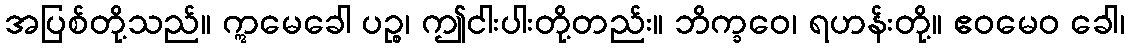
အပြစ်တို့သည်။ ဣမေခေါ ပဉ္စ၊ ဤငါးပါးတို့တည်း။ ဘိက္ခဝေ၊ ရဟန်းတို့။ ဧဝမေဝ ခေါ၊